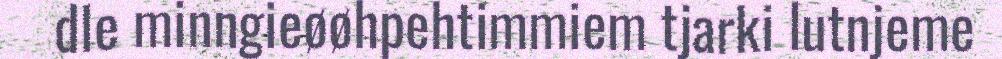
dle minngieøøhpehtimmiem tjarki lutnjeme